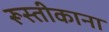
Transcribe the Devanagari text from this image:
रूस्तीकाना